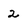
Character: 2